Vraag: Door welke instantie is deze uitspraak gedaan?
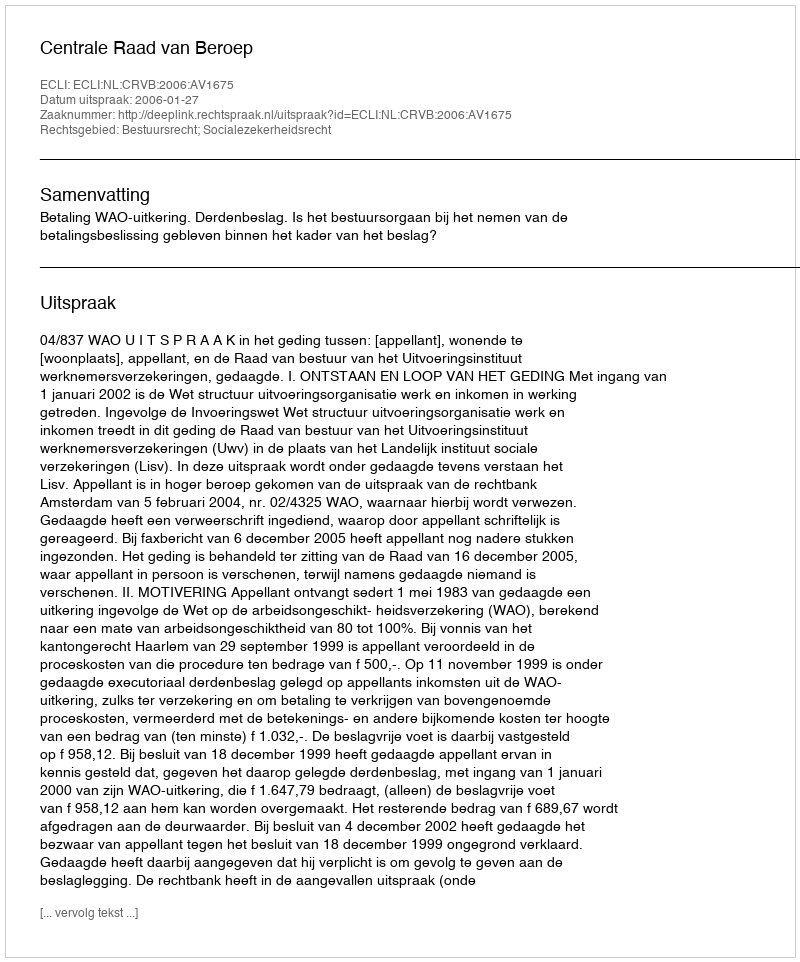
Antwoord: Centrale Raad van Beroep